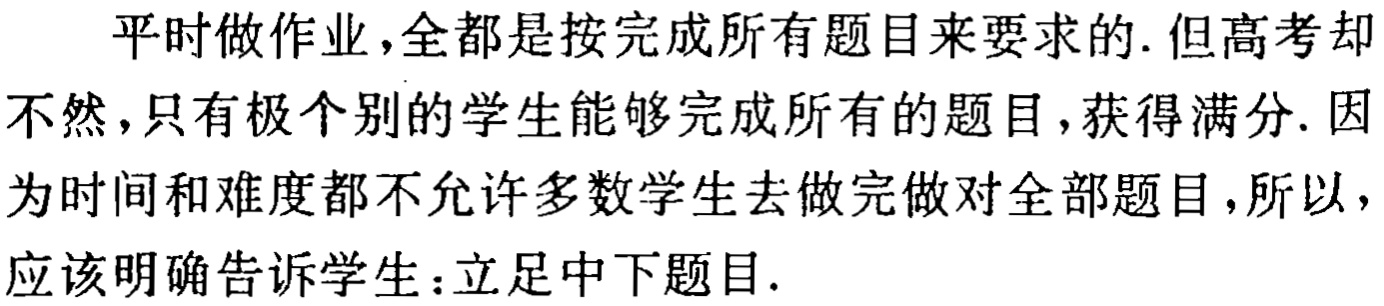
平时做作业，全都是按完成所有题目来要求的. 但高考却不然，只有极个别的学生能够完成所有的题目，获得满分. 因为时间和难度都不允许多数学生去做完做对全部题目，所以，应该明确告诉学生：立足中下题目.